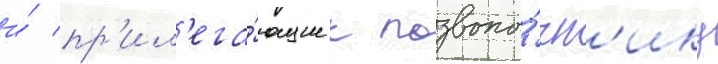
и́ пр'ил'ега́ющие к позвоно́чн'ику